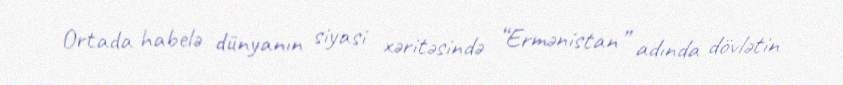
Ortada habelə dünyanın siyasi xəritəsində “Ermənistan” adında dövlətin